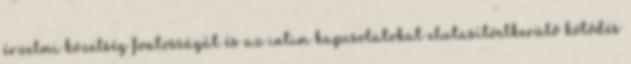
érzelmi közelség fontosságát és az intim kapcsolatokat elutasítóelkerülő kötődés